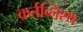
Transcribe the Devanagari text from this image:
कर्तव्निश्थ